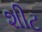
શીટ